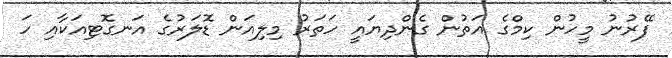
ފޭރުނު މީހުން ކިމްގެ އަތުން ގެންދިޔައީ ހަތަރު މިލިއަން ޑޮލަރުގެ އަނގޮޓިއަކާއި ހަ